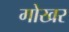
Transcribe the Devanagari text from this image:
गोखर